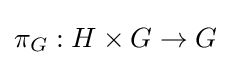
\pi _{G}:H\times G\to G